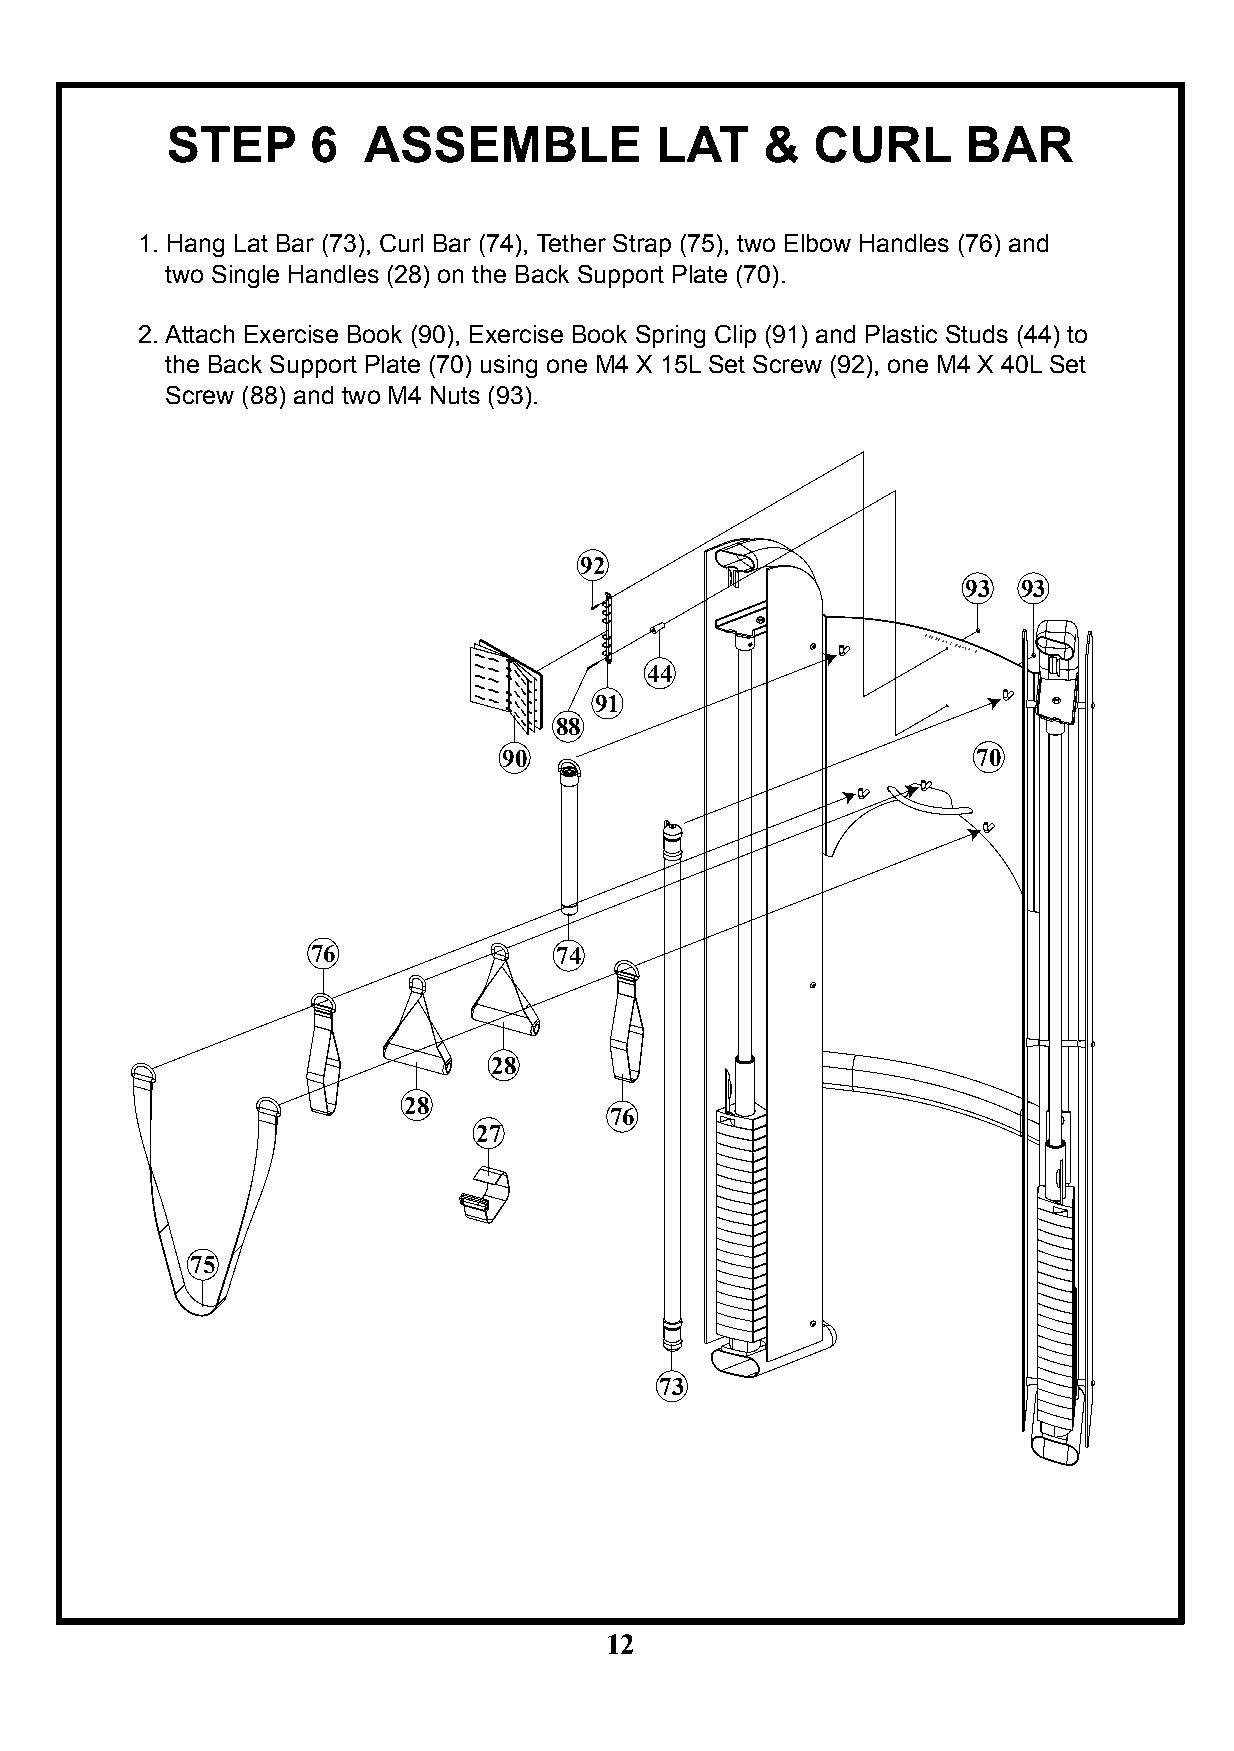
STEP      6  ASSEMBLE           LAT     &  CURL      BAR
 1. Hang Lat Bar (73), Curl Bar (74), Tether Strap (75), two Elbow Handles (76) and
 two Single Handles (28) on the Back Support Plate (70).
 2. Attach Exercise Book (90), Exercise Book Spring Clip (91) and Plastic Studs (44) to
 the Back Support Plate (70) using one M4 X 15L Set Screw (92), one M4 X 40L Set
 Screw (88) and two M4 Nuts (93).
 92
 93  93
 44
 91
 88
 90                              70
 76              74
 28
 28
 76
 27
 75
 73
 12